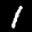
Label: 1